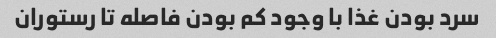
سرد بودن غذا با وجود کم بودن فاصله تا رستوران